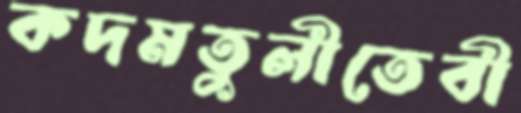
কদমতুলীতেবী